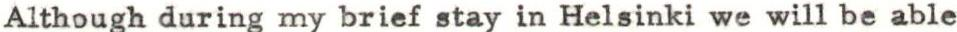
Although during my brief stay in Helsinki we will be able